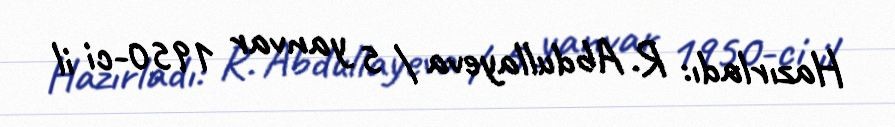
Hazırladı: R. Abdullayeva / 5 yanvar 1950-ci il